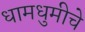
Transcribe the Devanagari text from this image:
धामधुमीचे